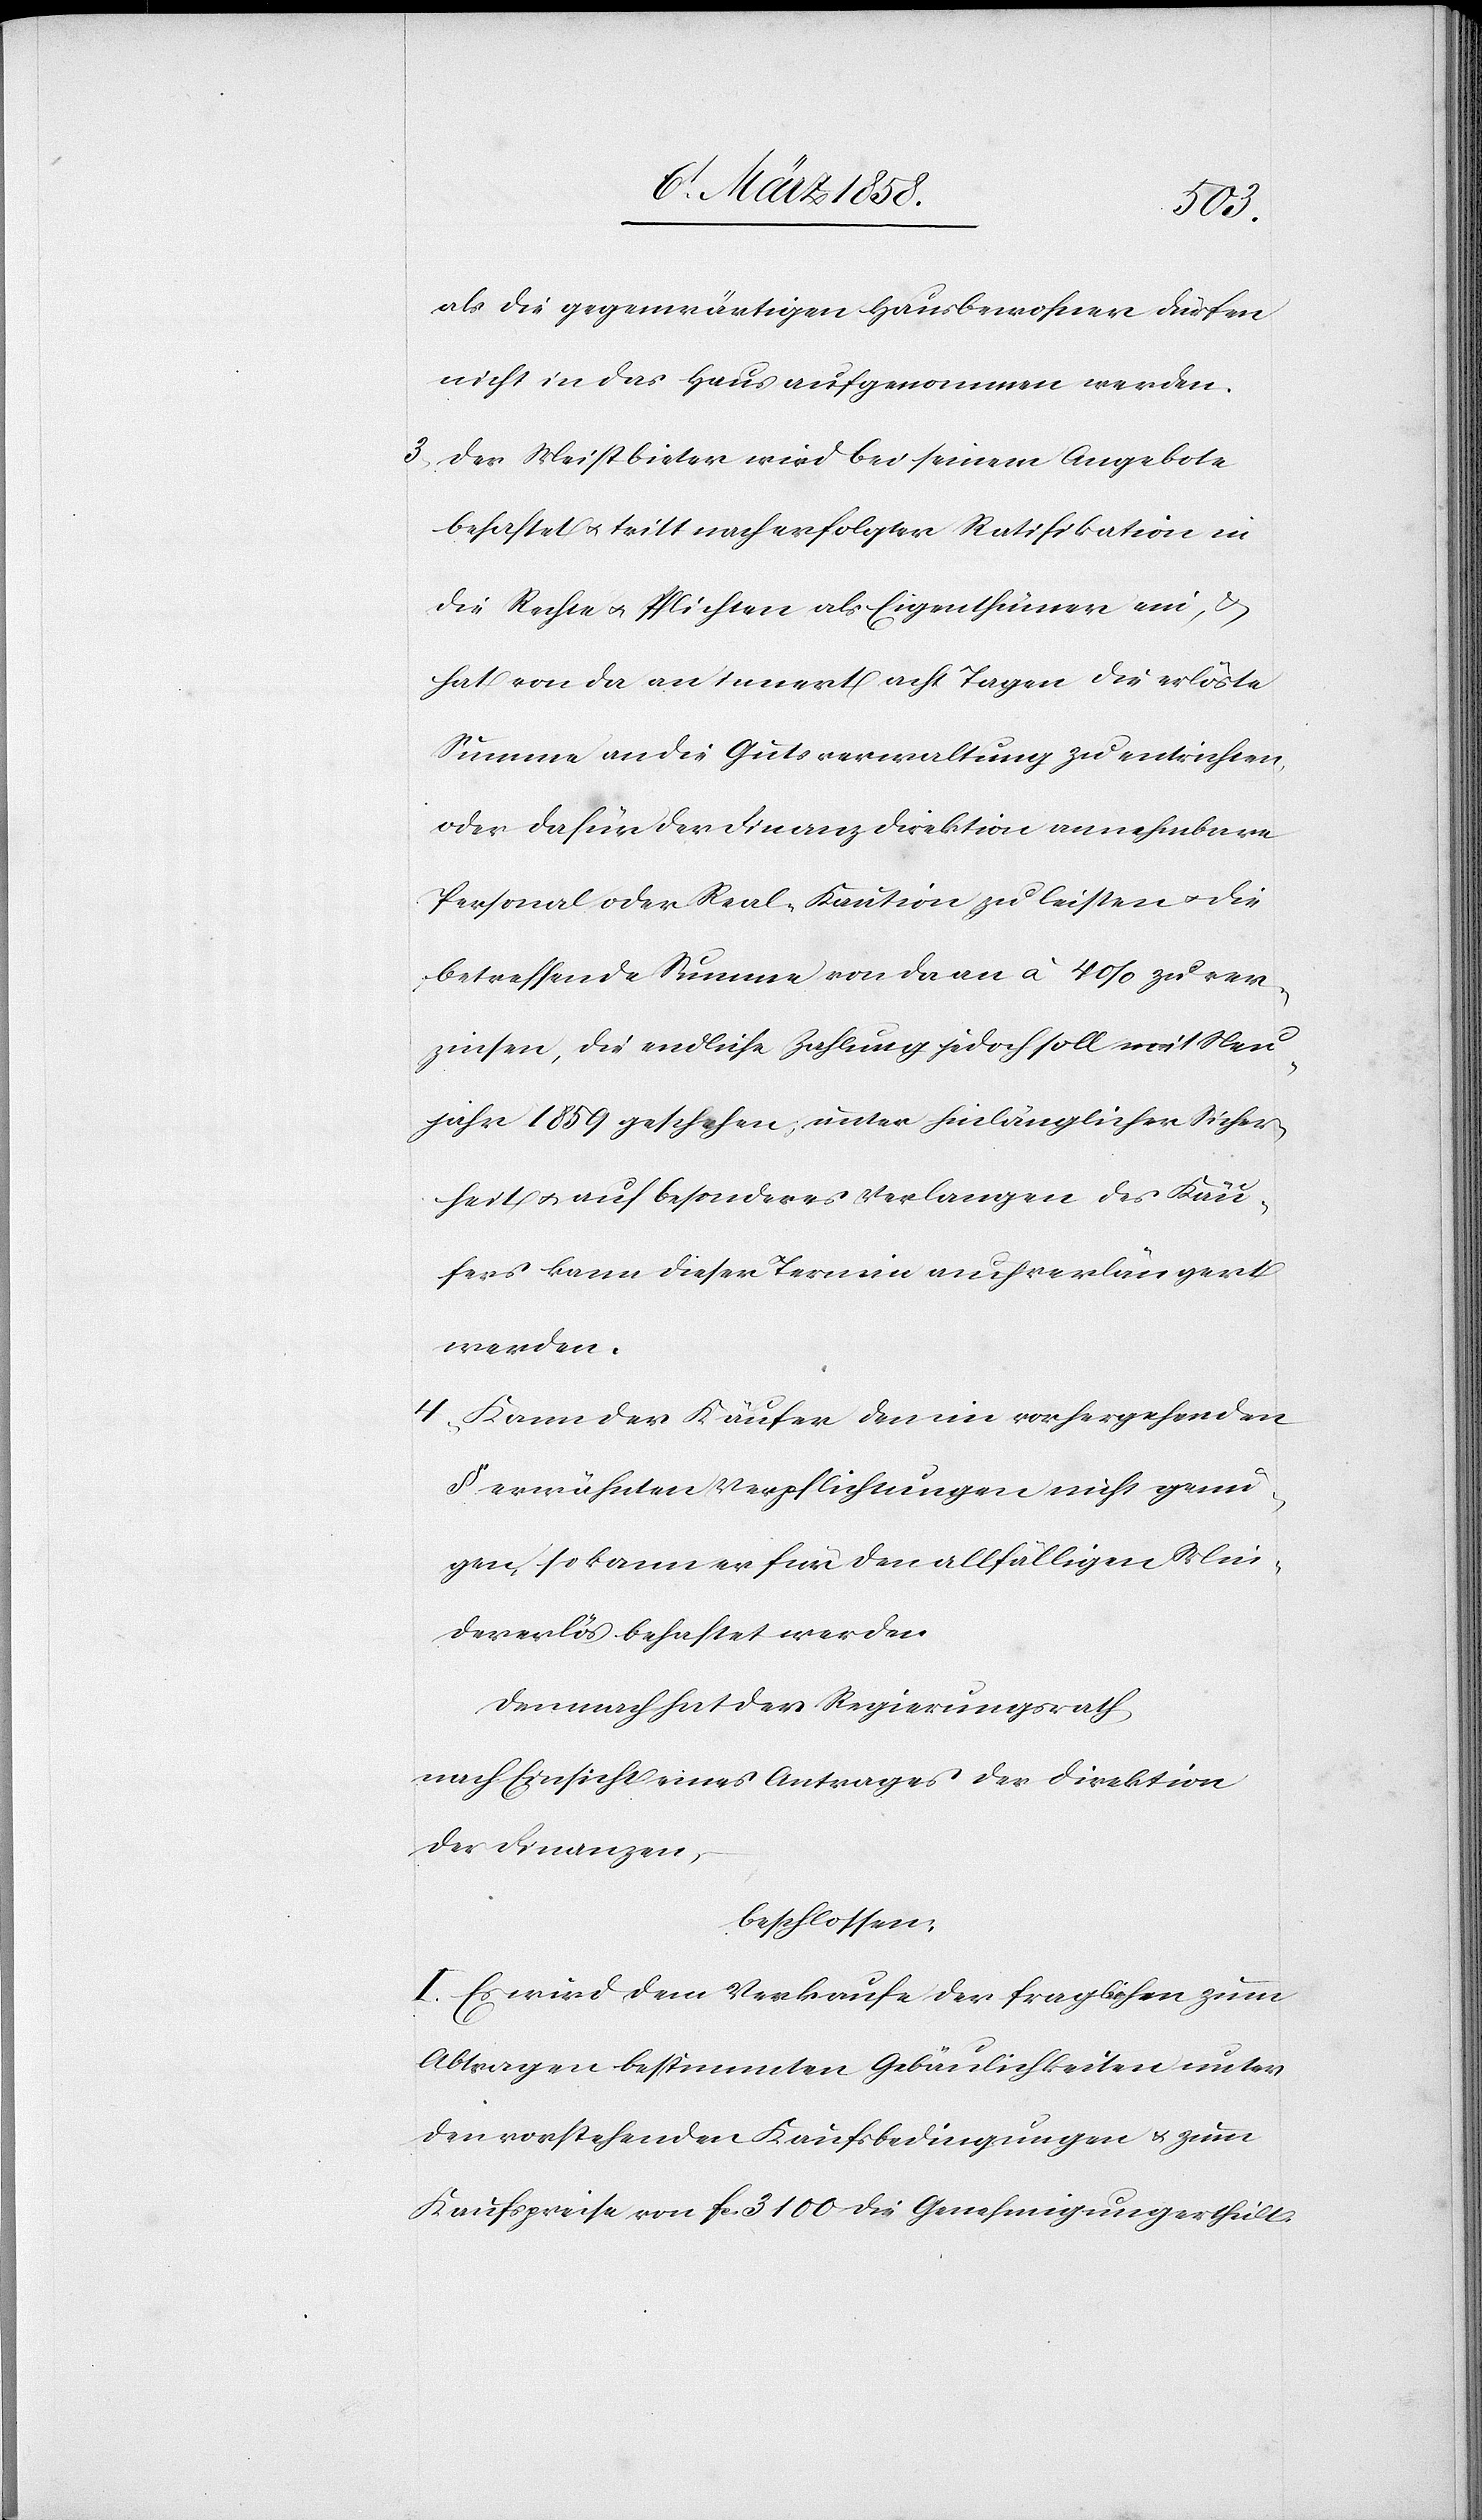
als die gegenwärtigen Hausbewohner dürfen
nicht in das Haus aufgenommen werden.
3. Der Meistbieter wird bei seinem Angebote
behaftet u. tritt nach erfolgter Ratifikation in
die Rechte u. Pflichten als Eigenthümer ein, u.
hat von da an innert acht Tagen die erlöste
Summe an die Gutsverwaltung zu entrichten,
oder dafür der Finanzdirektion annehmbare
Personal oder Real-Kaution zu leisten u. die
betreffende Summe von da an à 4% zu ver¬
zinsen, die endliche Zahlung jedoch soll mit Neu¬
jahr 1859 geschehen, unter hinlänglicher Sicher¬
heit u. auf besonderes Verlangen des Käu¬
fers kann dieser Termin auch verlängert
werden.
4. Kann der Käufer den im vorhergehenden
§ erwähnten Verpflichtungen nicht genü¬
gen, so kann er für den allfälligen Min¬
dererlös behaftet werden.
Demnach hat der Regierungsrath,
nach Einsicht eines Antrages der Direktion
der Finanzen,
beschlossen:
I. Es wird dem Verkaufe der fraglichen zum
Abtragen bestimmten Gebäulichkeiten unter
den vorstehenden Kaufsbedingungen u. zum
Kaufspreise von fc 3100 die Genehmigung ertheilt.